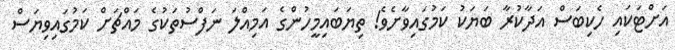
އަށްޓަކައި ހެކިބަސް އަދާކުރާ ބަޔަކު ކަމުގައިވާށެވެ! ތިޔަބައިމީހުންގެ އަމިއްލަ ނަފްސުތަކުގެ މައްޗަށް ކަމުގައިވިޔަސް